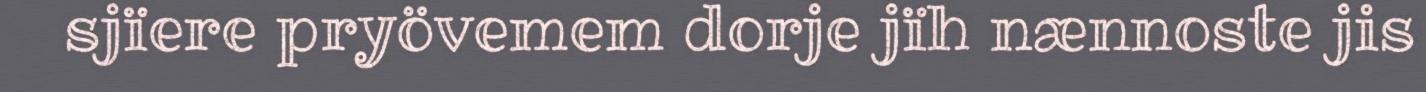
sjïere pryövemem dorje jïh nænnoste jis